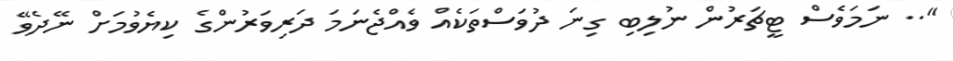
".. ނަމަވެސް ޓީޗަރުން ނުލިބި ގިނަ ދުވަސްތަކެއް ވެއްޖެނަމަ ދަރިވަރުންގެ ކިޔެވުމަށް ނޭދެވޭ